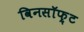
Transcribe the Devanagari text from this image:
विनसॉफ़्ट